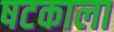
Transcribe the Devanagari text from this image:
षटकाला